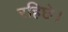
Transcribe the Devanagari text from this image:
रहिछे।